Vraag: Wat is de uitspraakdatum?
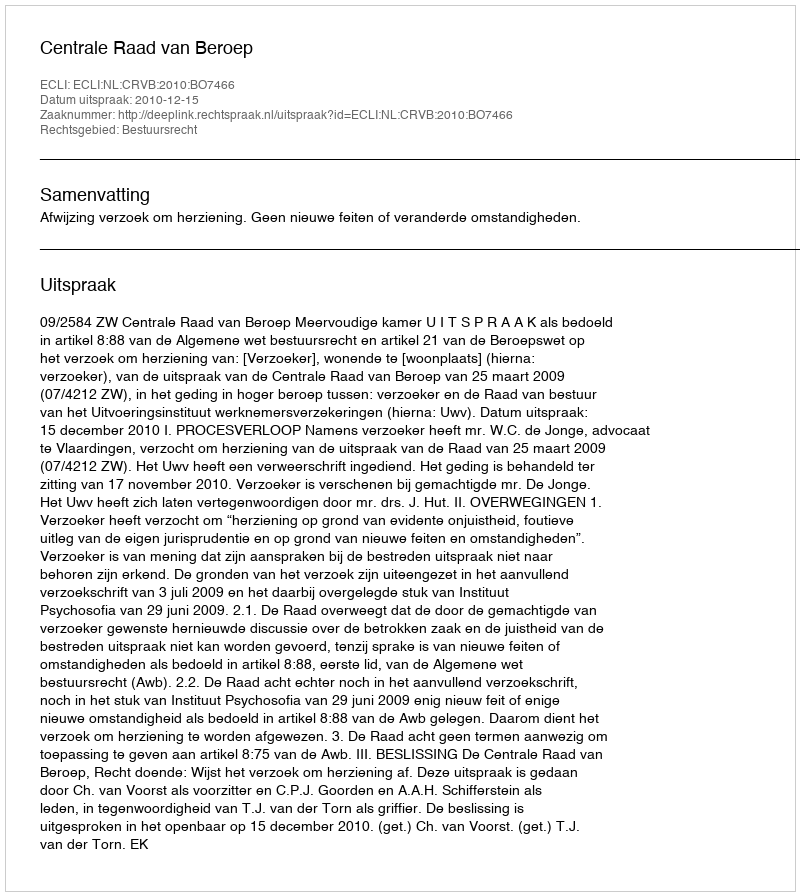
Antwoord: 2010-12-15